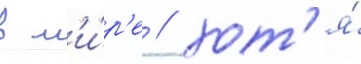
в м'и́р'е / хот'я́